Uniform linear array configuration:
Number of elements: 4
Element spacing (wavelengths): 0.5
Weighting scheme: kaiser
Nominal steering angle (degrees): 30
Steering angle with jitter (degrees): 31.671
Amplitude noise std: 0.05
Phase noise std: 0.05

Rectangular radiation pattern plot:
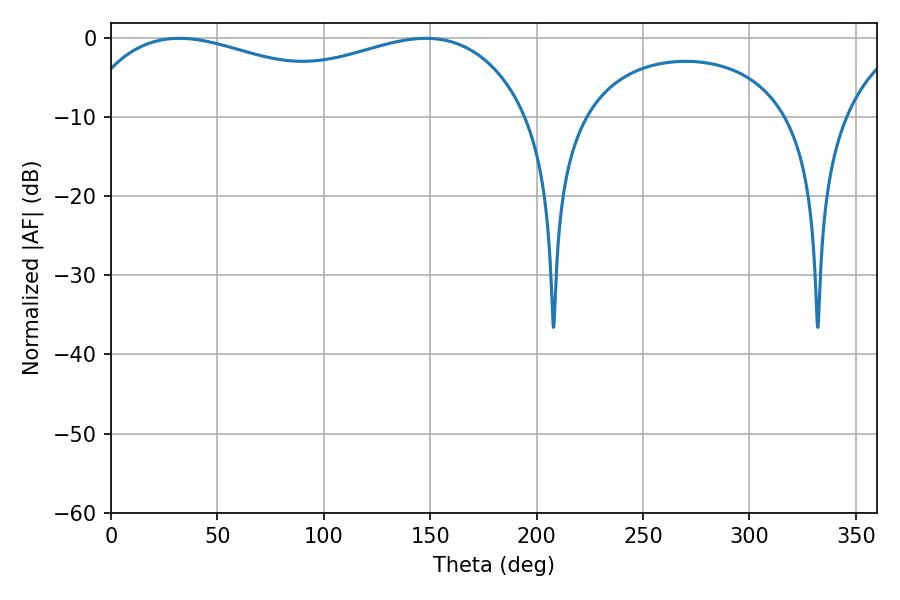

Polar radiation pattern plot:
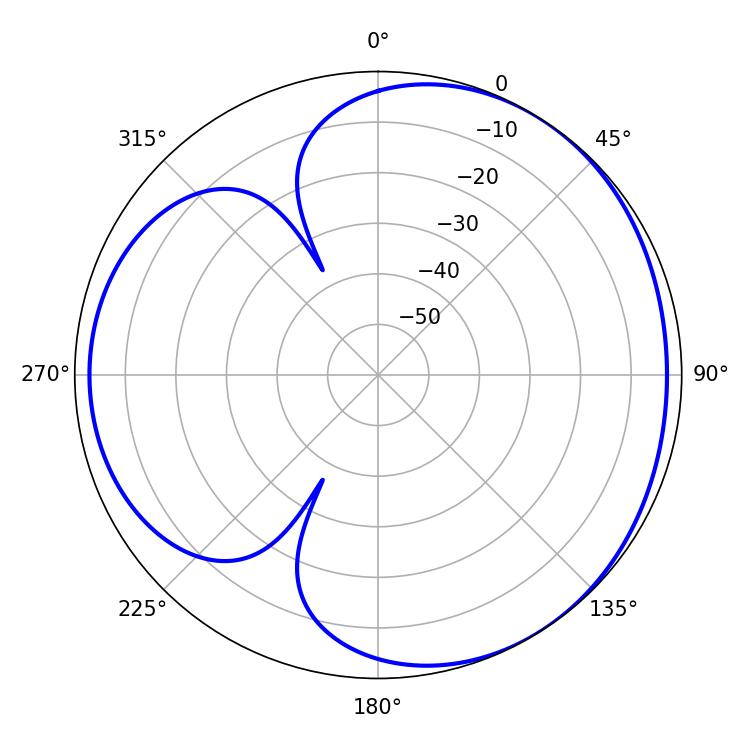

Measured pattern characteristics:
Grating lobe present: FALSE
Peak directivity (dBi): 3.498
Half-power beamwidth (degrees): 173.52
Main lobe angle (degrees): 32.04